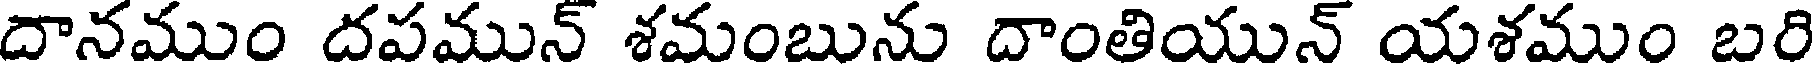
దానముం దపమున్ శమంబును దాంతియున్ యశముం బరి